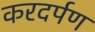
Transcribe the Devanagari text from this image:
करदर्पण